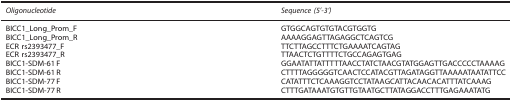
<table><thead><tr><td><b><i>Oligonucleotide</i></b></td><td><b><i>Sequence (5&#x27;-3&#x27;)</i></b></td></tr></thead><tbody><tr><td>BICC1_Long_Prom_F</td><td>GTGGCAGTGTGTACGTGGTG</td></tr><tr><td>BICC1_Long_Prom_R</td><td>AAAAGGAGTTAGAGGCTCAGTCG</td></tr><tr><td>ECR rs2393477_F</td><td>TTCTTAGCCTTTCTGAAAATCAGTAG</td></tr><tr><td>ECR rs2393477_R</td><td>TTAACTCTGTTTTCTGCCAGAGTGAG</td></tr><tr><td>BICC1-SDM-61 F</td><td>GGAATATTATTTTTAACCTATCTAACGTATGGAGTTGACCCCCTAAAAG</td></tr><tr><td>BICC1-SDM-61 R</td><td>CTTTTAGGGGGTCAACTCCATACGTTAGATAGGTTAAAAATAATATTCC</td></tr><tr><td>BICC1-SDM-77 F</td><td>CATATTTCTCAAAGGTCCTATAAGCATTACAACACATTTATCAAAG</td></tr><tr><td>BICC1-SDM-77 R</td><td>CTTTGATAAATGTGTTGTAATGCTTATAGGACCTTTGAGAAATATG</td></tr></tbody></table>